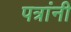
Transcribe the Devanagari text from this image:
पत्रांनी